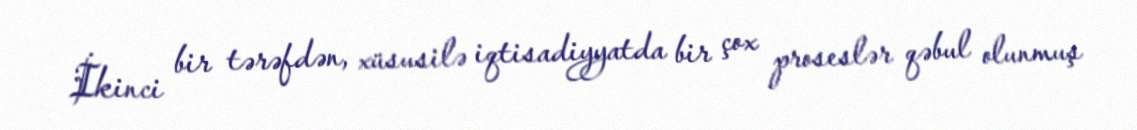
İkinci bir tərəfdən, xüsusilə iqtisadiyyatda bir çox proseslər qəbul olunmuş